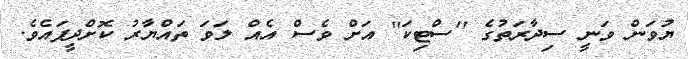
ޔުވަން ވަނީ ސިދާރަތުގެ ''ސްޓިކަ'' އަށް ވެސް އެއް ލަވަ ތައްޔާރު ކޮށްދީފައެވެ.